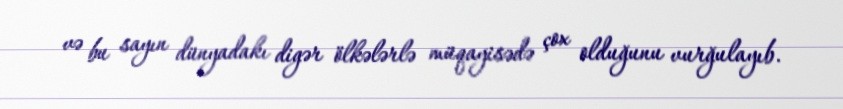
və bu sayın dünyadakı digər ölkələrlə müqayisədə çox olduğunu vurğulayıb.